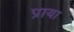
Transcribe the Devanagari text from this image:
प्राया